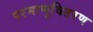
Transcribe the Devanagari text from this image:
परमाणुवितरण